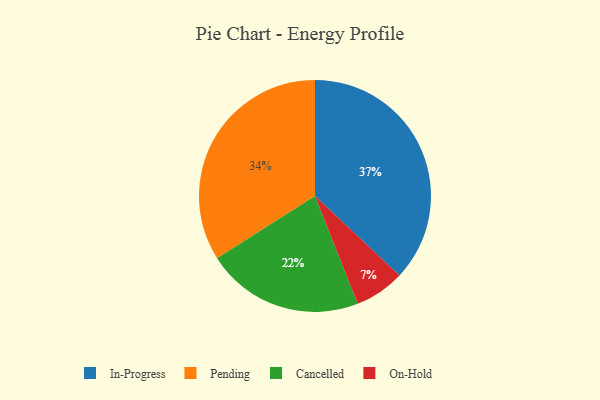
{"axis": {"x": "Category", "y": "Percentage"}, "legend": ["Cancelled", "In-Progress", "On-Hold", "Pending"], "data": [{"x": "On-Hold", "y": 7, "type": "On-Hold"}, {"x": "In-Progress", "y": 37, "type": "In-Progress"}, {"x": "Pending", "y": 34, "type": "Pending"}, {"x": "Cancelled", "y": 22, "type": "Cancelled"}]}